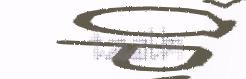
taalh